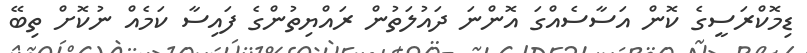
ޑިމޮކްރަސީގެ ކޮން އަސާސެއްގަ އޮންނަ ދައުލަތުން ރައްޔިތުންގެ ފައިސާ ކަމެއް ނުކޮށް ތިބޭ